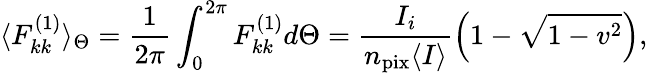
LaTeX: \langle F_{kk}^{(1)}\rangle_{\Theta}=\frac{1}{2\pi}\int_{0}^{2\pi}F_{kk}^{(1)}d\Theta=\frac{I_{i}}{n_{\mathrm{pix}}\langle I\rangle}\left(1-\sqrt{1-v^{2}}\right),